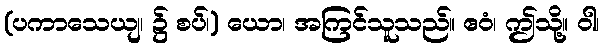
(ပကာသေယျ၊ ၌ စပ်၊) ယော၊ အကြင်သူသည်။ ဧဝံ၊ ဤသို့။ ဝါ၊